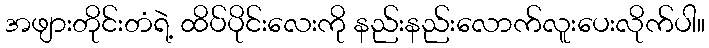
အဖျားတိုင်းတံရဲ့ ထိပ်ပိုင်းလေးကို နည်းနည်းလောက်လူးပေးလိုက်ပါ။